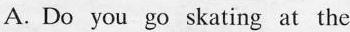
A. Do you go skating at the